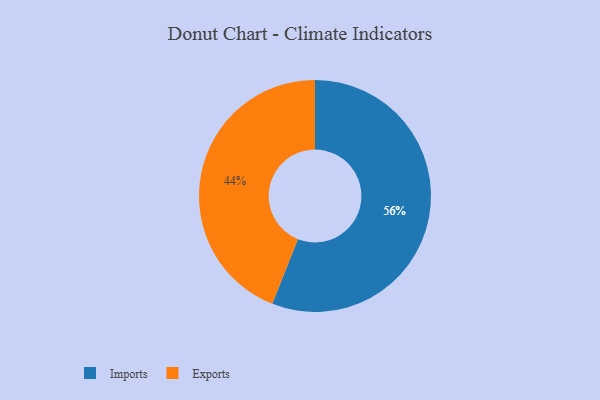
{"axis": {"x": "Category", "y": "Percentage"}, "legend": ["Exports", "Imports"], "data": [{"x": "Imports", "y": 56, "type": "Imports"}, {"x": "Exports", "y": 44, "type": "Exports"}]}